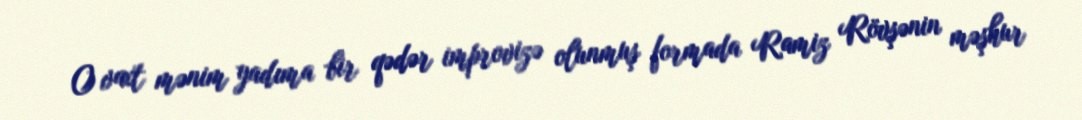
O vaxt mənim yadıma bir qədər improvizə olunmuş formada Ramiz Rövşənin məşhur